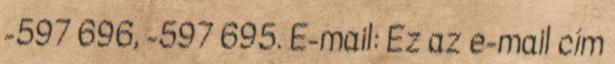
-597 696, -597 695. E-mail: Ez az e-mail cím